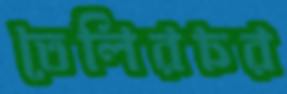
তেলিরচর